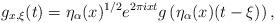
LaTeX: \begin{align*} g_{x,\xi}(t) = \eta_\alpha(x)^{1/2} e^{2\pi i x t}g\left(\eta_\alpha(x) (t-\xi) \right), \end{align*}